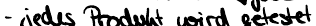
- jedes Produkt wird getestet